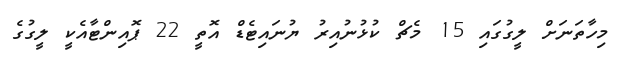
މިހާތަނަށް ލީގުގައި 15 މެޗް ކުޅުނުއިރު ޔުނައިޓެޑް އޮތީ 22 ޕޮއިންޓާއެކީ ލީގުގެ